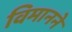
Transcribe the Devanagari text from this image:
विमानने